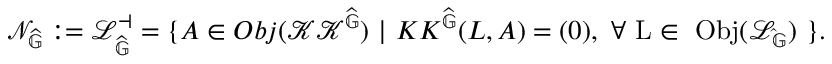
\mathscr { N } _ { \widehat { \mathbb { G } } } : = \mathscr { L } _ { \widehat { \mathbb { G } } } ^ { \dashv } = \{ A \in O b j ( \mathscr { K } \mathscr { K } ^ { \widehat { \mathbb { G } } } ) \ | \ K K ^ { \widehat { \mathbb { G } } } ( L , A ) = ( 0 ) \mathrm { , ~ \forall ~ L \in ~ O b j ( \mathscr { L } _ { \widehat { \mathbb { G } } } ) ~ } \} .